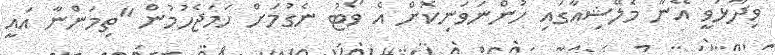
ވިދާޅުވީ އޭނާ މެލޭޝިއާގައި ހުންނަވަނިކޮށް އެ ވޯޓު ނެގުމަށް ހަމަޖެހުމުން "ތިމަންނާ އައީ